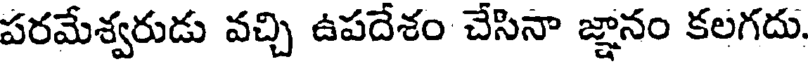
పరమేశ్వరుడు వచ్చి ఉపదేశం చేసినా జ్ఞానం కలగదు.